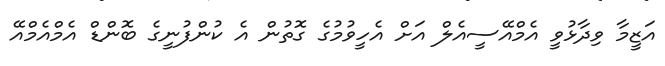
އަޒީމާ ވިދާޅުވީ އެމްއޭސީއެލް އަށް އެހީވުމުގެ ގޮތުން އެ ކުންފުނީގެ ބޮންޑް އެމްއެމްއޭ